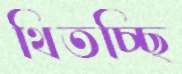
থিতচ্ছি